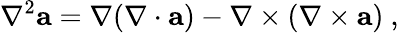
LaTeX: \nabla^{2}\mathbf{a}=\nabla(\nabla\cdot\mathbf{a})-\nabla\times(\nabla\times\mathbf{a})\ ,